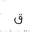
Letter: _qaf